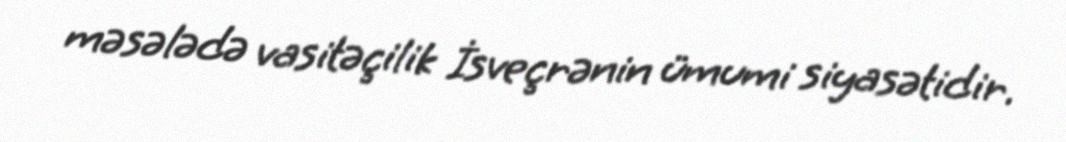
məsələdə vasitəçilik İsveçrənin ümumi siyasətidir.